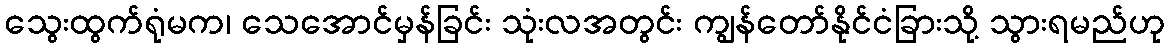
သွေးထွက်ရုံမက၊ သေအောင်မှန်ခြင်း သုံးလအတွင်း ကျွန်တော်နိုင်ငံခြားသို့ သွားရမည်ဟု